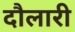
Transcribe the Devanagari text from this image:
दौलारी